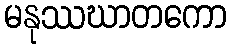
မနုဿဃာတကော